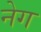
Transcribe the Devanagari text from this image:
नेग